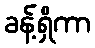
ခန့်ရှိကာ